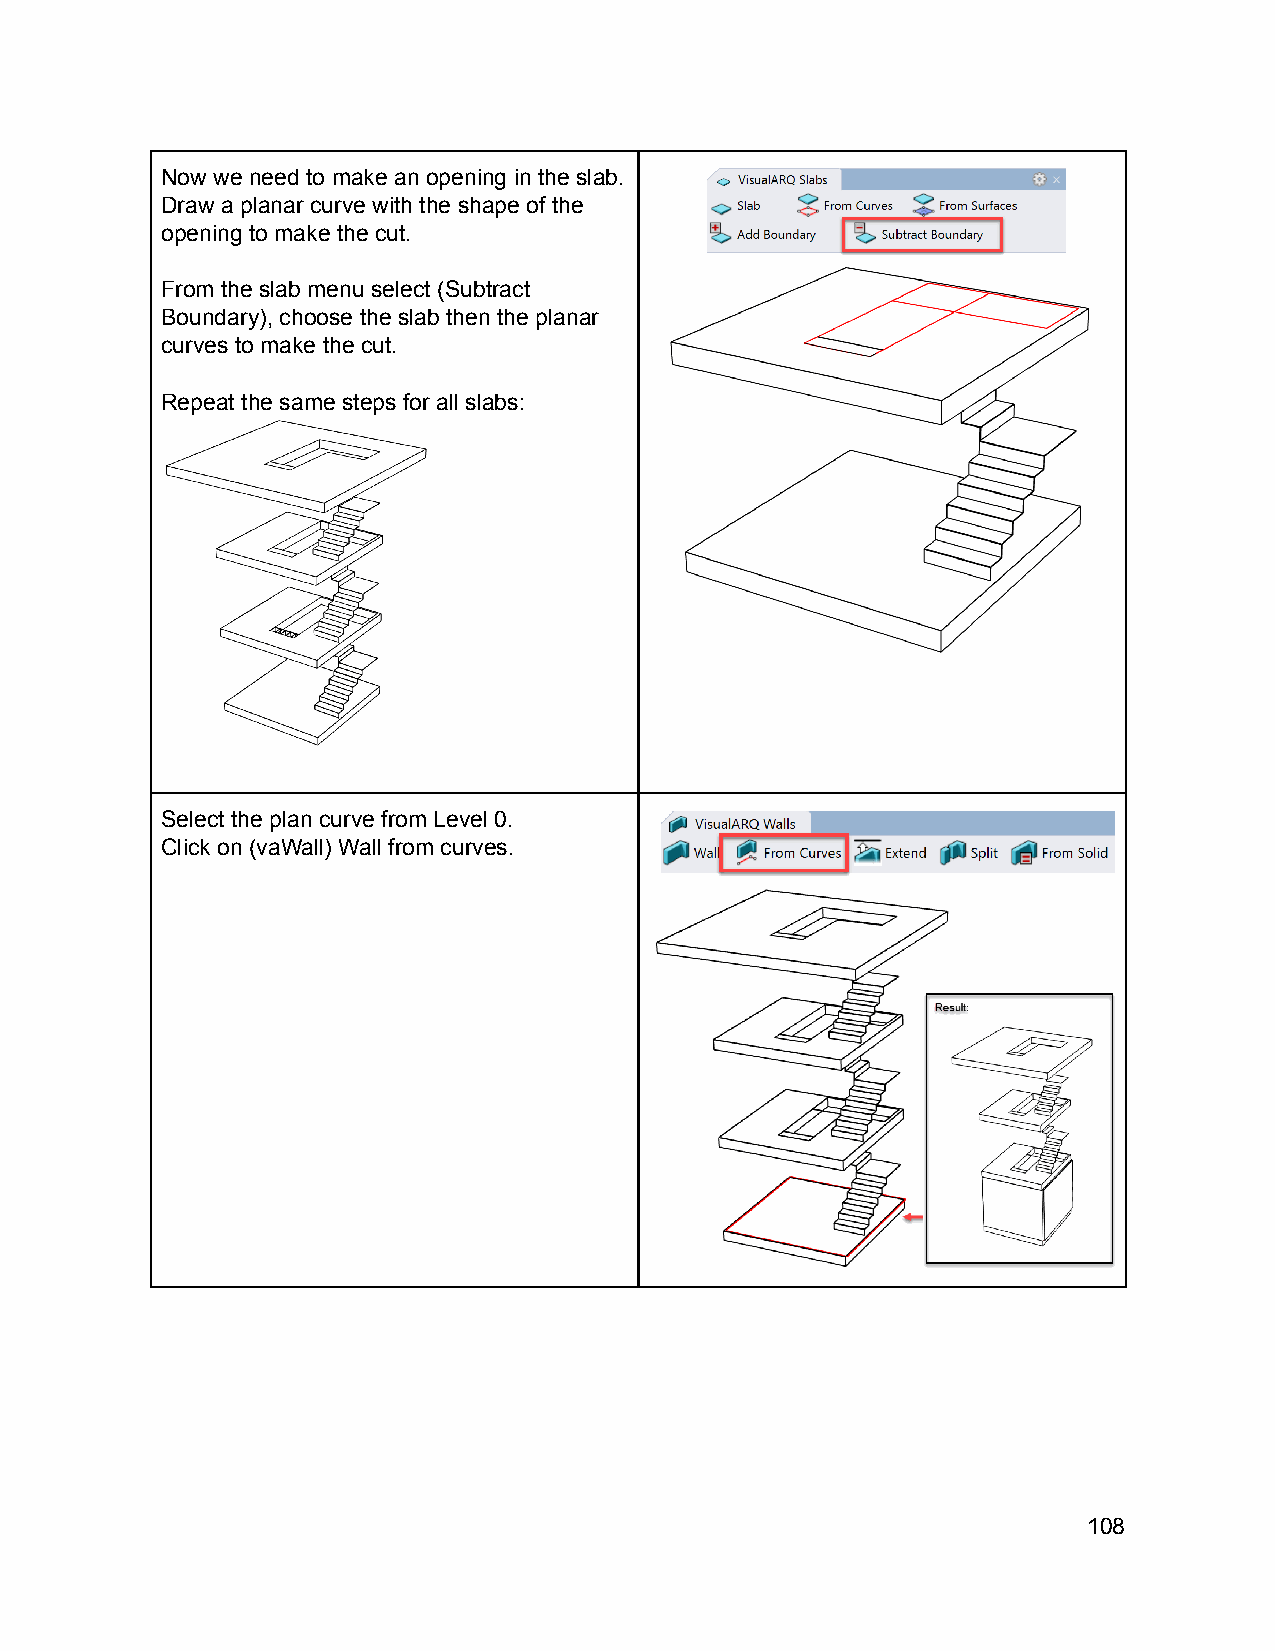
Now we need to make an opening in the slab.
 Draw a planar curve with the shape of the
 opening to make the cut.
 From the slab menu select (Subtract
 Boundary), choose the slab then the planar
 curves to make the cut.
 Repeat the same steps for all slabs:
 Select the plan curve from Level 0.
 Click on (vaWall) Wall from curves.
 108